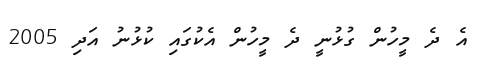
އެ ދެ މީހުން ގުޅުނީ ދެ މީހުން އެކުގައި ކުޅުނު އަދި 2005